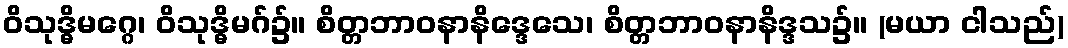
ဝိသုဒ္ဓိမဂ္ဂေ၊ ဝိသုဒ္ဓိမဂ်၌။ စိတ္တဘာဝနာနိဒ္ဒေသေ၊ စိတ္တဘာဝနာနိဒ္ဒသ၌။ (မယာ ငါသည်)